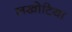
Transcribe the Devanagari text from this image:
लखोटिया